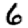
Digit: 6